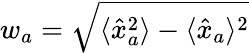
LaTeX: w_{a}=\sqrt{\langle\hat{x}_{a}^{2}\rangle-\langle\hat{x}_{a}\rangle^{2}}